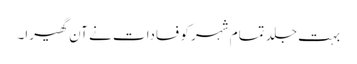
بہت جلد تمام شہر کو فسادات نے آن گھیرا۔